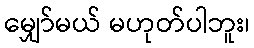
မျှော်မယ် မဟုတ်ပါဘူး၊